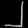
Digit: ၂